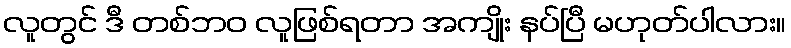
လူတွင် ဒီ တစ်ဘဝ လူဖြစ်ရတာ အကျိုး နပ်ပြီ မဟုတ်ပါလား။